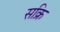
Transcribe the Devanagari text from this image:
सक्रि